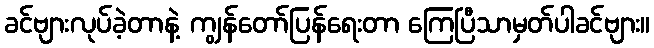
ခင်ဗျားလုပ်ခဲ့တာနဲ့ ကျွန်တော်ပြန်ရေးတာ ကြေပြီသာမှတ်ပါခင်ဗျား။